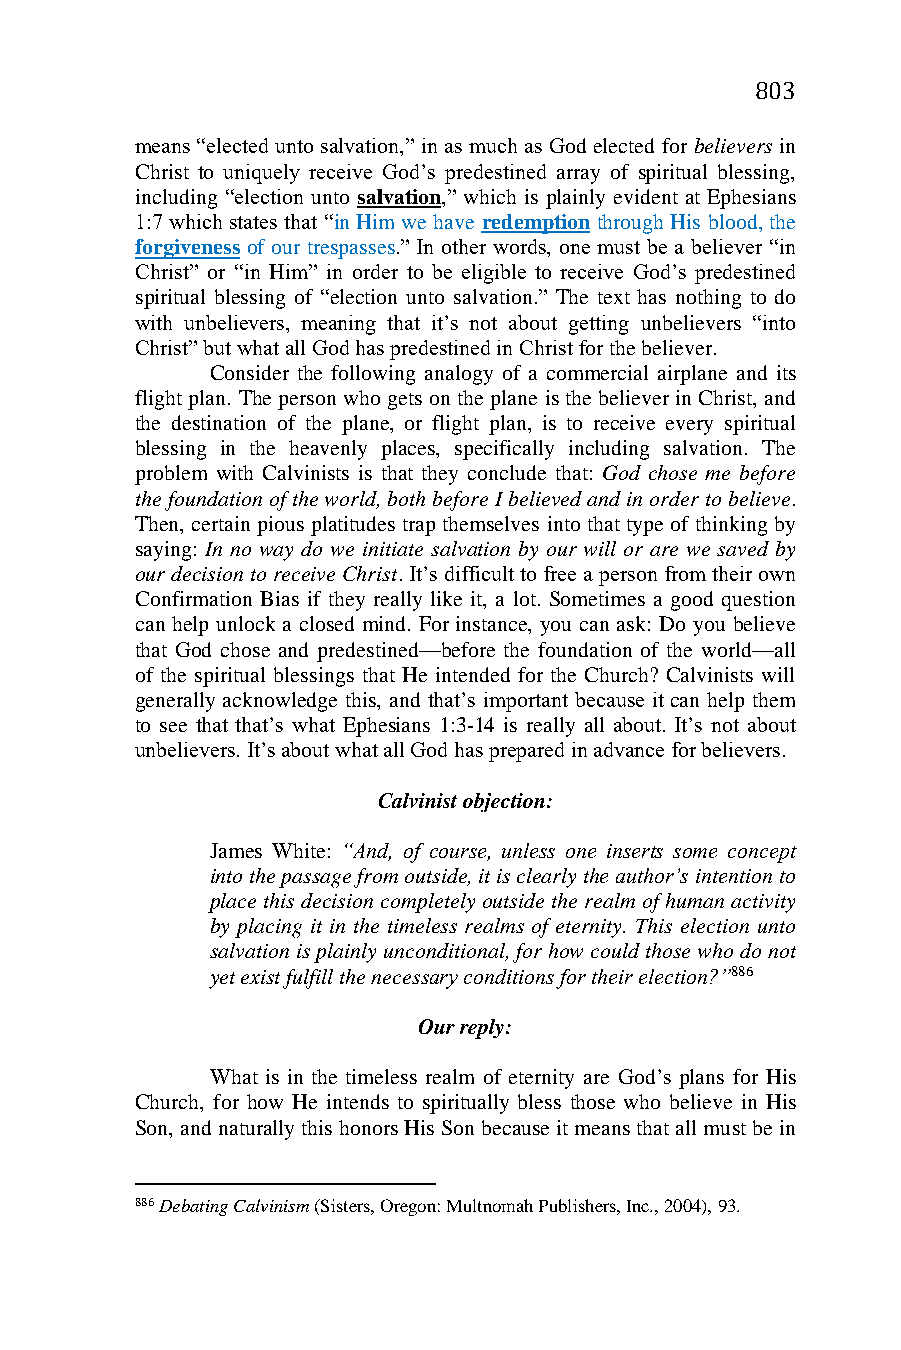
803
 means “elected unto salvation,” in as much as God elected for believers in
 Christ to uniquely receive God’s predestined array of spiritual blessing,
 including “election unto salvation,” which is plainly evident at Ephesians
 1:7 which states that “in Him we have redemption through His blood, the
 forgiveness of our trespasses.” In other words, one must be a believer “in
 Christ” or “in Him” in order to be eligible to receive God’s predestined
 spiritual blessing of “election unto salvation.” The text has nothing to do
 with unbelievers, meaning that it’s not about getting unbelievers “into
 Christ” but what all God has predestined in Christ for the believer.
 Consider the following analogy of a commercial airplane and its
 flight plan. The person who gets on the plane is the believer in Christ, and
 the destination of the plane, or flight plan, is to receive every spiritual
 blessing in the heavenly places, specifically including salvation. The
 problem with Calvinists is that they conclude that: God chose me before
 the foundation of the world, both before I believed and in order to believe.
 Then, certain pious platitudes trap themselves into that type of thinking by
 saying: In no way do we initiate salvation by our will or are we saved by
 our decision to receive Christ. It’s difficult to free a person from their own
 Confirmation Bias if they really like it, a lot. Sometimes a good question
 can help unlock a closed mind. For instance, you can ask: Do you believe
 that God chose and predestined—before the foundation of the world—all
 of the spiritual blessings that He intended for the Church? Calvinists will
 generally acknowledge this, and that’s important because it can help them
 to see that that’s what Ephesians 1:3-14 is really all about. It’s not about
 unbelievers. It’s about what all God has prepared in advance for believers.
 Calvinist objection:
 James White: “And, of course, unless one inserts some concept
 into the passage from outside, it is clearly the author’s intention to
 place this decision completely outside the realm of human activity
 by placing it in the timeless realms of eternity. This election unto
 salvation is plainly unconditional, for how could those who do not
 yet exist fulfill the necessary conditions for their election?”886
 Our reply:
 What is in the timeless realm of eternity are God’s plans for His
 Church, for how He intends to spiritually bless those who believe in His
 Son, and naturally this honors His Son because it means that all must be in
 886 Debating Calvinism (Sisters, Oregon: Multnomah Publishers, Inc., 2004), 93.